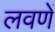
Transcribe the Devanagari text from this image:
लवणें